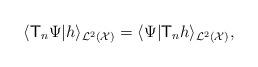
LaTeX: \begin{align*}\langle \mathsf{T}_n\Psi|h\rangle_{{\cal L}^2({\cal X})} = \langle \Psi|\mathsf{T}_n h \rangle_{{\cal L}^2({\cal X})},\end{align*}